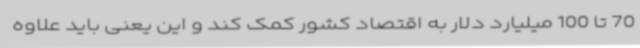
70 تا 100 میلیارد دلار به اقتصاد کشور کمک کند و این یعنی باید علاوه